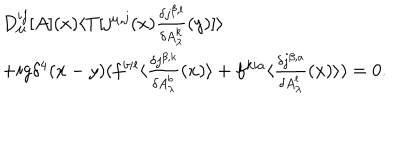
\begin{array} { l } { { D _ { \mu } ^ { i j } [ A ] ( x ) \langle T [ j ^ { \mu , j } ( x ) \frac { \delta j ^ { \beta , l } } { \delta A _ { \lambda } ^ { k } } ( y ) ] \rangle } } \\ { { + i g \delta ^ { 4 } ( x - y ) ( f ^ { b i l } \langle \frac { \delta j ^ { \beta , k } } { \delta A _ { \lambda } ^ { b } } ( x ) \rangle + f ^ { k i a } \langle \frac { \delta j ^ { \beta , a } } { \delta A _ { \lambda } ^ { l } } ( x ) \rangle ) = 0 . } } \\ \end{array}